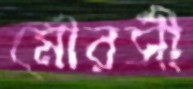
মৌরসী